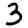
Digit: 3